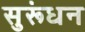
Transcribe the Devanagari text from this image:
सुरूंधन